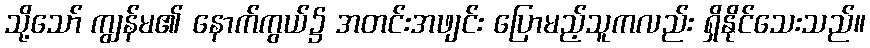
သို့သော် ကျွန်မ၏ နောက်ကွယ်၌ အတင်းအဖျင်း ပြောမည့်သူကလည်း ရှိနိုင်သေးသည်။